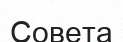
Совета